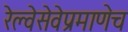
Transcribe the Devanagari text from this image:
रेल्वेसेवेप्रमाणेच